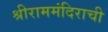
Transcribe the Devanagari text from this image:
श्रीराममंदिराची